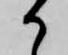
か